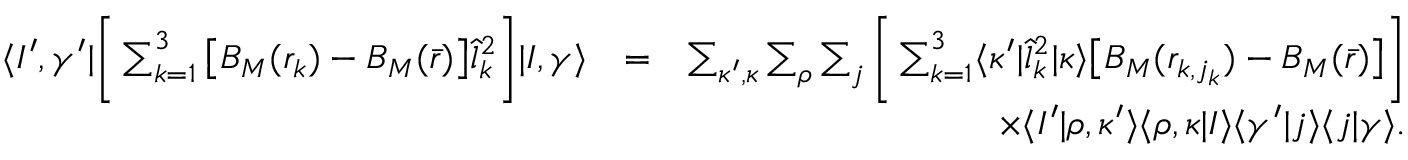
\begin{array} { r l r } { \langle I ^ { \prime } , \gamma ^ { \prime } | \bigg [ \sum _ { k = 1 } ^ { 3 } \big [ B _ { M } ( r _ { k } ) - B _ { M } ( \bar { r } ) \big ] \hat { l } _ { k } ^ { 2 } \bigg ] | I , \gamma \rangle } & { = } & { \sum _ { \kappa ^ { \prime } , \kappa } \sum _ { \rho } \sum _ { j } \bigg [ \sum _ { k = 1 } ^ { 3 } \langle \kappa ^ { \prime } | \hat { l } _ { k } ^ { 2 } | \kappa \rangle \big [ B _ { M } ( r _ { k , j _ { k } } ) - B _ { M } ( \bar { r } ) \big ] \bigg ] } \\ & { } & { \times \langle I ^ { \prime } | \rho , \kappa ^ { \prime } \rangle \langle \rho , \kappa | I \rangle \langle \gamma ^ { \prime } | j \rangle \langle j | \gamma \rangle . } \end{array}